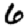
Digit: 6